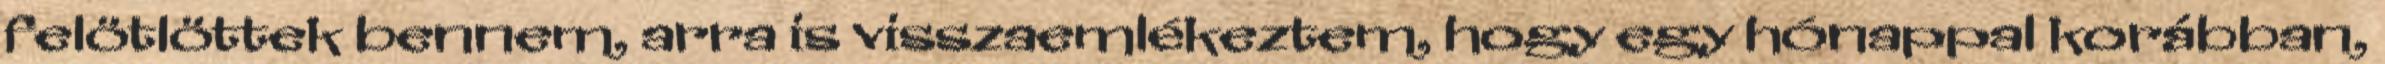
felötlöttek bennem, arra is visszaemlékeztem, hogy egy hónappal korábban,